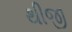
થીજી